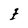
Character: E